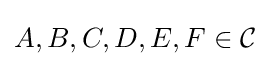
A,B,C,D,E,F\in {\mathcal {C}}